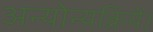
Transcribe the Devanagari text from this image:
अन्योन्यक्रियें।